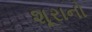
શૂરાનો